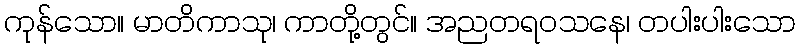
ကုန်သော။ မာတိကာသု၊ ကာတို့တွင်။ အညတရဝသနေ၊ တပါးပါးသော